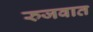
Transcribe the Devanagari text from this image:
रुजवात